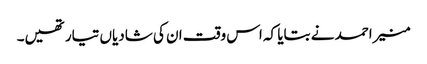
منیر احمد نے بتایا کہ اس وقت ان کی شادیاں تیار تھیں۔